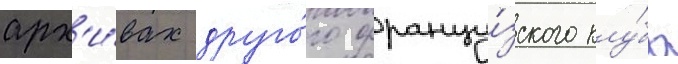
арх'и́вах друго́го францу́зского клу́ба